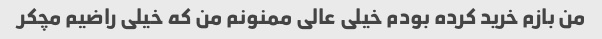
من بازم خرید کرده بودم خیلی عالی ممنونم من که خیلی راضیم مچکر